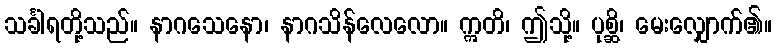
သင်္ခါရတို့သည်။ နာဂသေနော၊ နာဂသိန်လေလော။ ဣတိ၊ ဤသို့။ ပုစ္ဆိ၊ မေးလျှောက်၏။